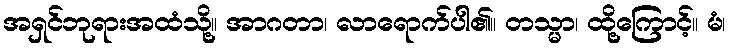
အရှင်ဘုရားအထံသို့။ အာဂတာ၊ လာရောက်ပါ၏။ တသ္မာ၊ ထို့ကြောင့်။ မံ၊